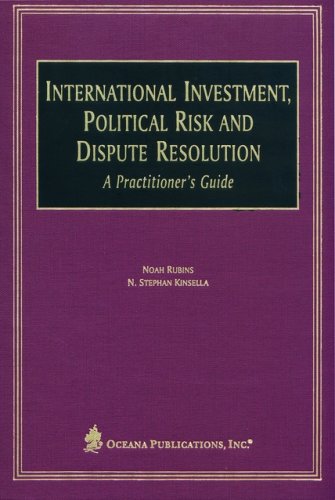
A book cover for International Investment, Political Risk, and Dispute Resolution: A Practitioner's Guide; N. Stephan Kinsella; Law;